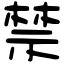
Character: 禁